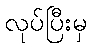
လုပ်ပြီးမှ